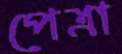
পেত্রা